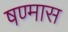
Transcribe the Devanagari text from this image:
षण्मास